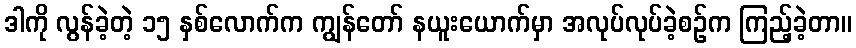
ဒါကို လွန်ခဲ့တဲ့ ၁၅ နှစ်လောက်က ကျွန်တော် နယူးယောက်မှာ အလုပ်လုပ်ခဲ့စဉ်က ကြည့်ခဲ့တာ။